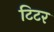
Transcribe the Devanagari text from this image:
टिटर